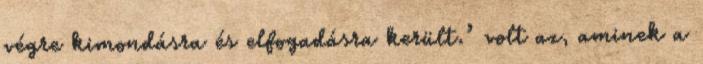
végre kimondásra és elfogadásra került.’ volt az, aminek a